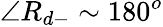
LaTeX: \angle R_{d-}\sim 180^{o}